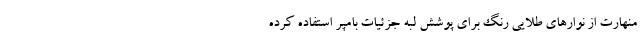
منهارت از نوارهای طلایی رنگ برای پوشش لبه جزئیات بامپر استفاده کرده